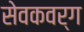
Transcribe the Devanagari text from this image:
सेवकवर्ग